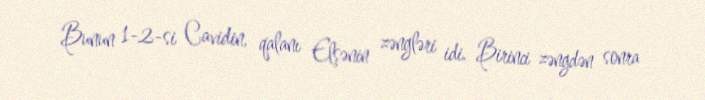
Bunun 1-2-si Cavidin, qalanı Elşənin zəngləri idi. Birinci zəngdən sonra